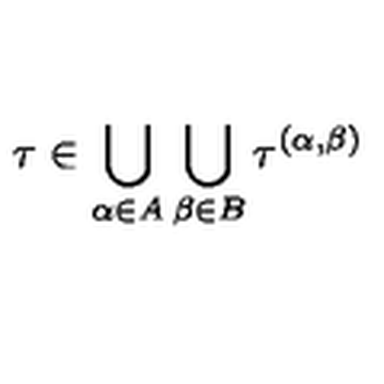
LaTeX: \tau \in \bigcup _ { \alpha \in A } \bigcup _ { \beta \in B } \tau ^ { ( \alpha , \beta ) }